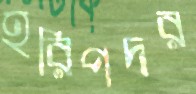
হরিপদর